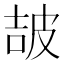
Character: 𤿠